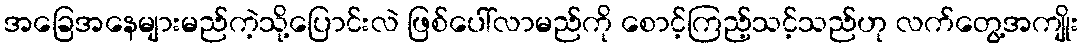
အခြေအနေများမည်ကဲ့သို့ပြောင်းလဲ ဖြစ်ပေါ်လာမည်ကို စောင့်ကြည့်သင့်သည်ဟု လက်တွေ့အကျိုး